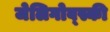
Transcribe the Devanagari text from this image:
जेलिगोव्स्की